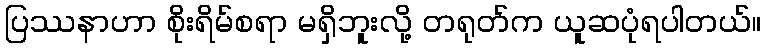
ပြဿနာဟာ စိုးရိမ်စရာ မရှိဘူးလို့ တရုတ်က ယူဆပုံရပါတယ်။